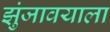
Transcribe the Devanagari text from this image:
झुंजावयाला